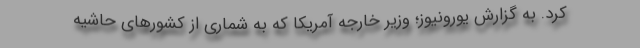
کرد. به گزارش یورونیوز؛ وزیر خارجه آمریکا که به شماری از کشورهای حاشیه